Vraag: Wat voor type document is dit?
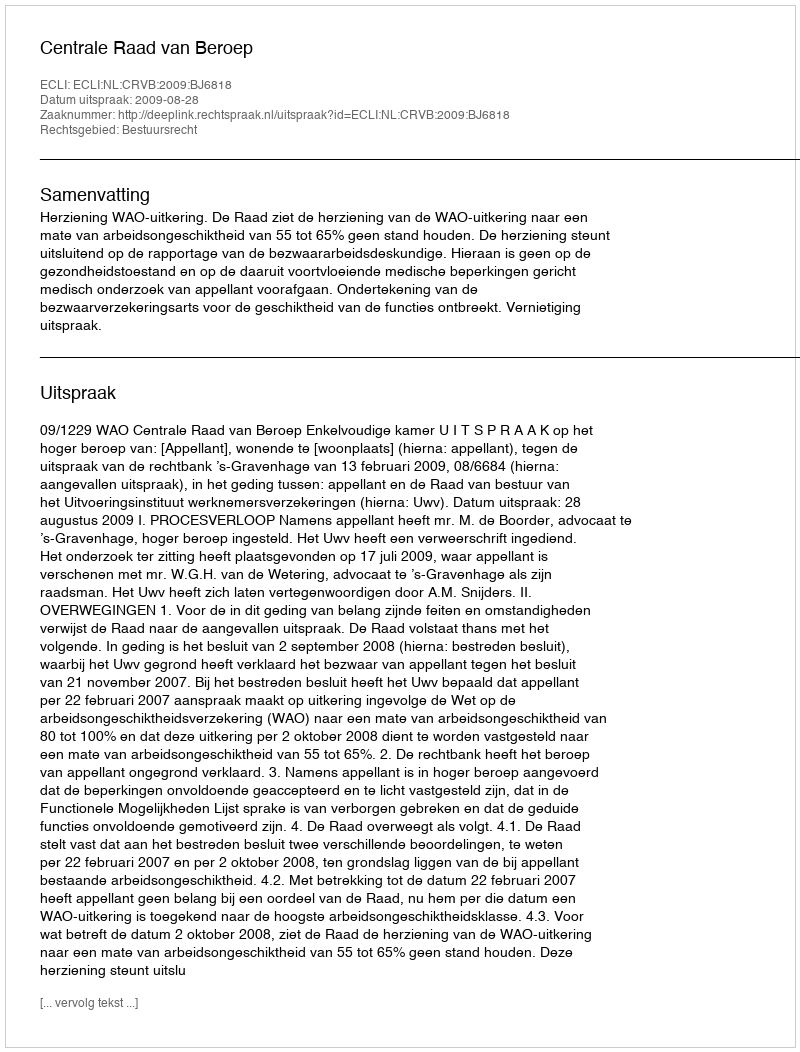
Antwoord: Uitspraak